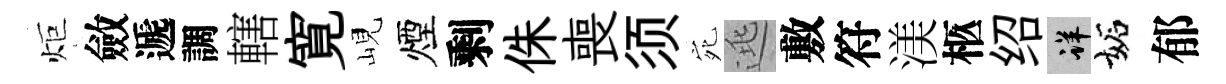
炬斂遞調轄寛峴煙剩侏喪须宛逃敷符渼柩绍详妬郁